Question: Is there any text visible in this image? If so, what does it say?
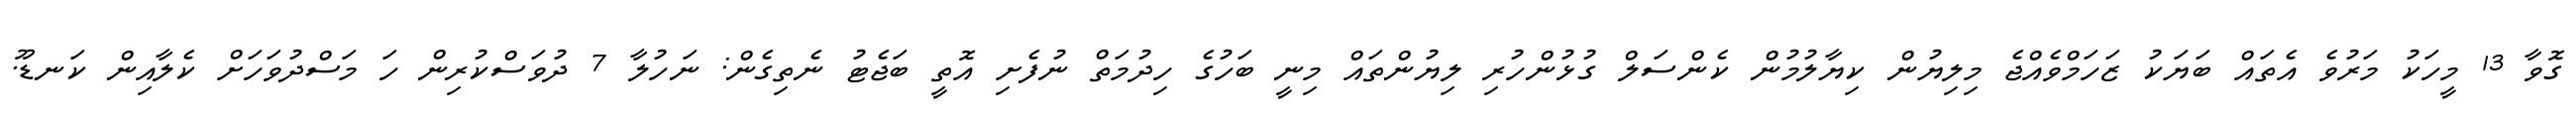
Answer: ގޮވާ 13 މީހަކު މަރުވެ އެތައް ބަޔަކު ޒަހަމްވެއްޖެ މިލިޔުން ކިޔާލުމުން ކެންސަލް ގުޅުންހުރި ލިޔުންތައް މިނީ ބަހުގެ ހިދުމަތް ނުފެށި އޮތީ ބަޖެޓު ނެތިގެން: ނަހުލާ 7 ދުވަސްކުރިން ހަ މަސްދުވަހަށް ކެލާއިން ކަނޑޫ.